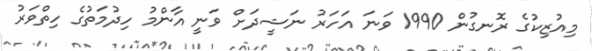
މިއުޒިކުގެ ރޮނގުން 1990 ވަނަ އަހަރު ނަޝީދަށް ވަނީ އާންމު ހިދުމަތުގެ ހިތްވަރު